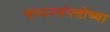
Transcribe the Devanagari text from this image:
साधनसंपत्तीच्या